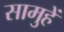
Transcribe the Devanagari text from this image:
सामुहें